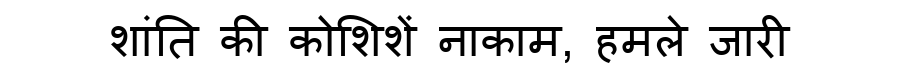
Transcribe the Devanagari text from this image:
शांति की कोशिशें नाकाम, हमले जारी